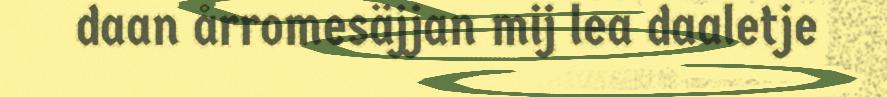
daan årromesäjjan mij lea daaletje